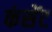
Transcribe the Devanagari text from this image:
कंसेंट